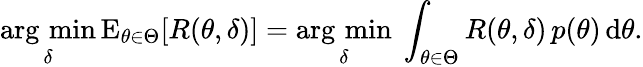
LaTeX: {\underset{\delta}{\operatorname{arg\, min}}}\operatorname{E}_{\theta\in\Theta}[R(\theta,\delta)]={\underset{\delta}{\operatorname{arg\, min}}}\ \int_{\theta\in\Theta}R(\theta,\delta)\, p(\theta)\, \mathrm{d}\theta.